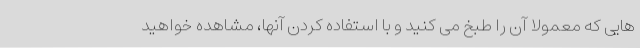
هایی که معمولا آن را طبخ می کنید و با استفاده کردن آنها، مشاهده خواهید